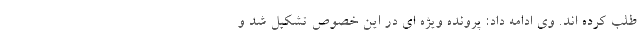
طلب کرده اند. وی ادامه داد: پرونده ویژه ای در این خصوص تشکیل شد و